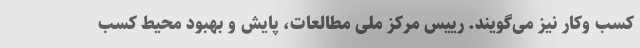
کسب وکار نیز می‌گویند. رییس مرکز ملی مطالعات، پایش و بهبود محیط کسب